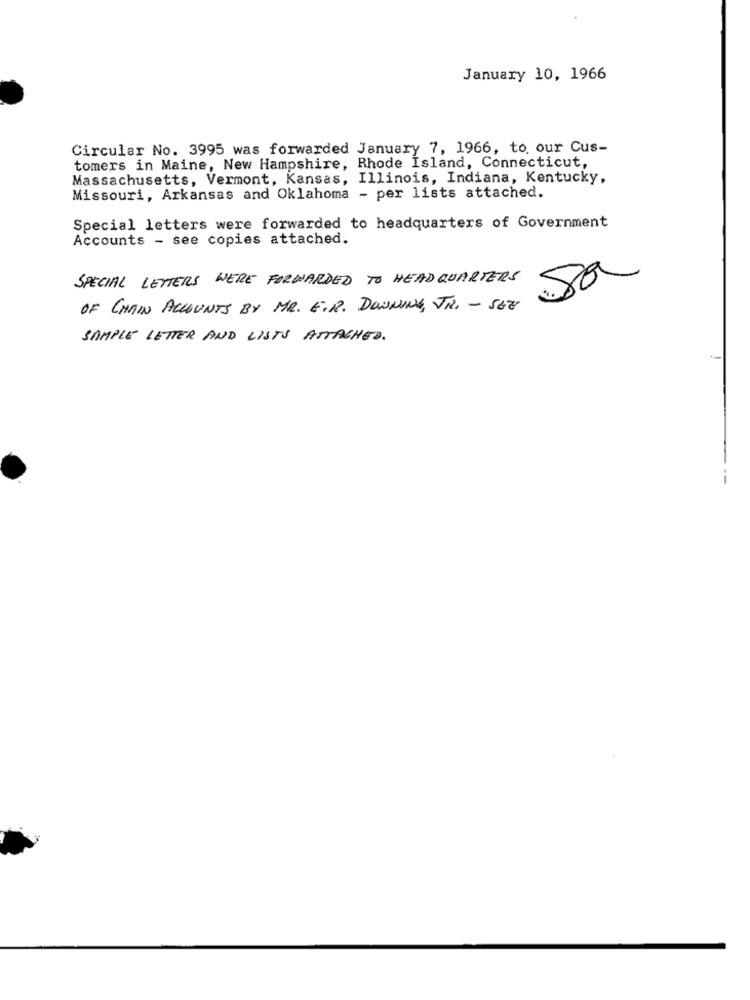
January 10, 1966
Circular No. 3995 was forwarded January 7, 1966, to. our Cus-
tomers in Maine, New Hampshire, Rhode Island, Connecticut,
Massachusetts, Vermont, Kansas, Illinois, Indiana, Kentucky,
Missouri, Arkansas and Oklahoma - per lists attached.
Special letters were forwarded to headquarters of Government
Accounts - see copies attached.
SPECIAL LETTERS WERE FORWARDED TO HEADQUARTERS
Sa
OF CHAIN ACCOUNTS BY MR. E.R. DOWNING, JR. - SEE
SAMPLE LETTER AND LISTS ATTACHED.